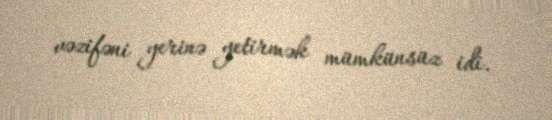
vəzifəni yerinə yetirmək mümkünsüz idi.